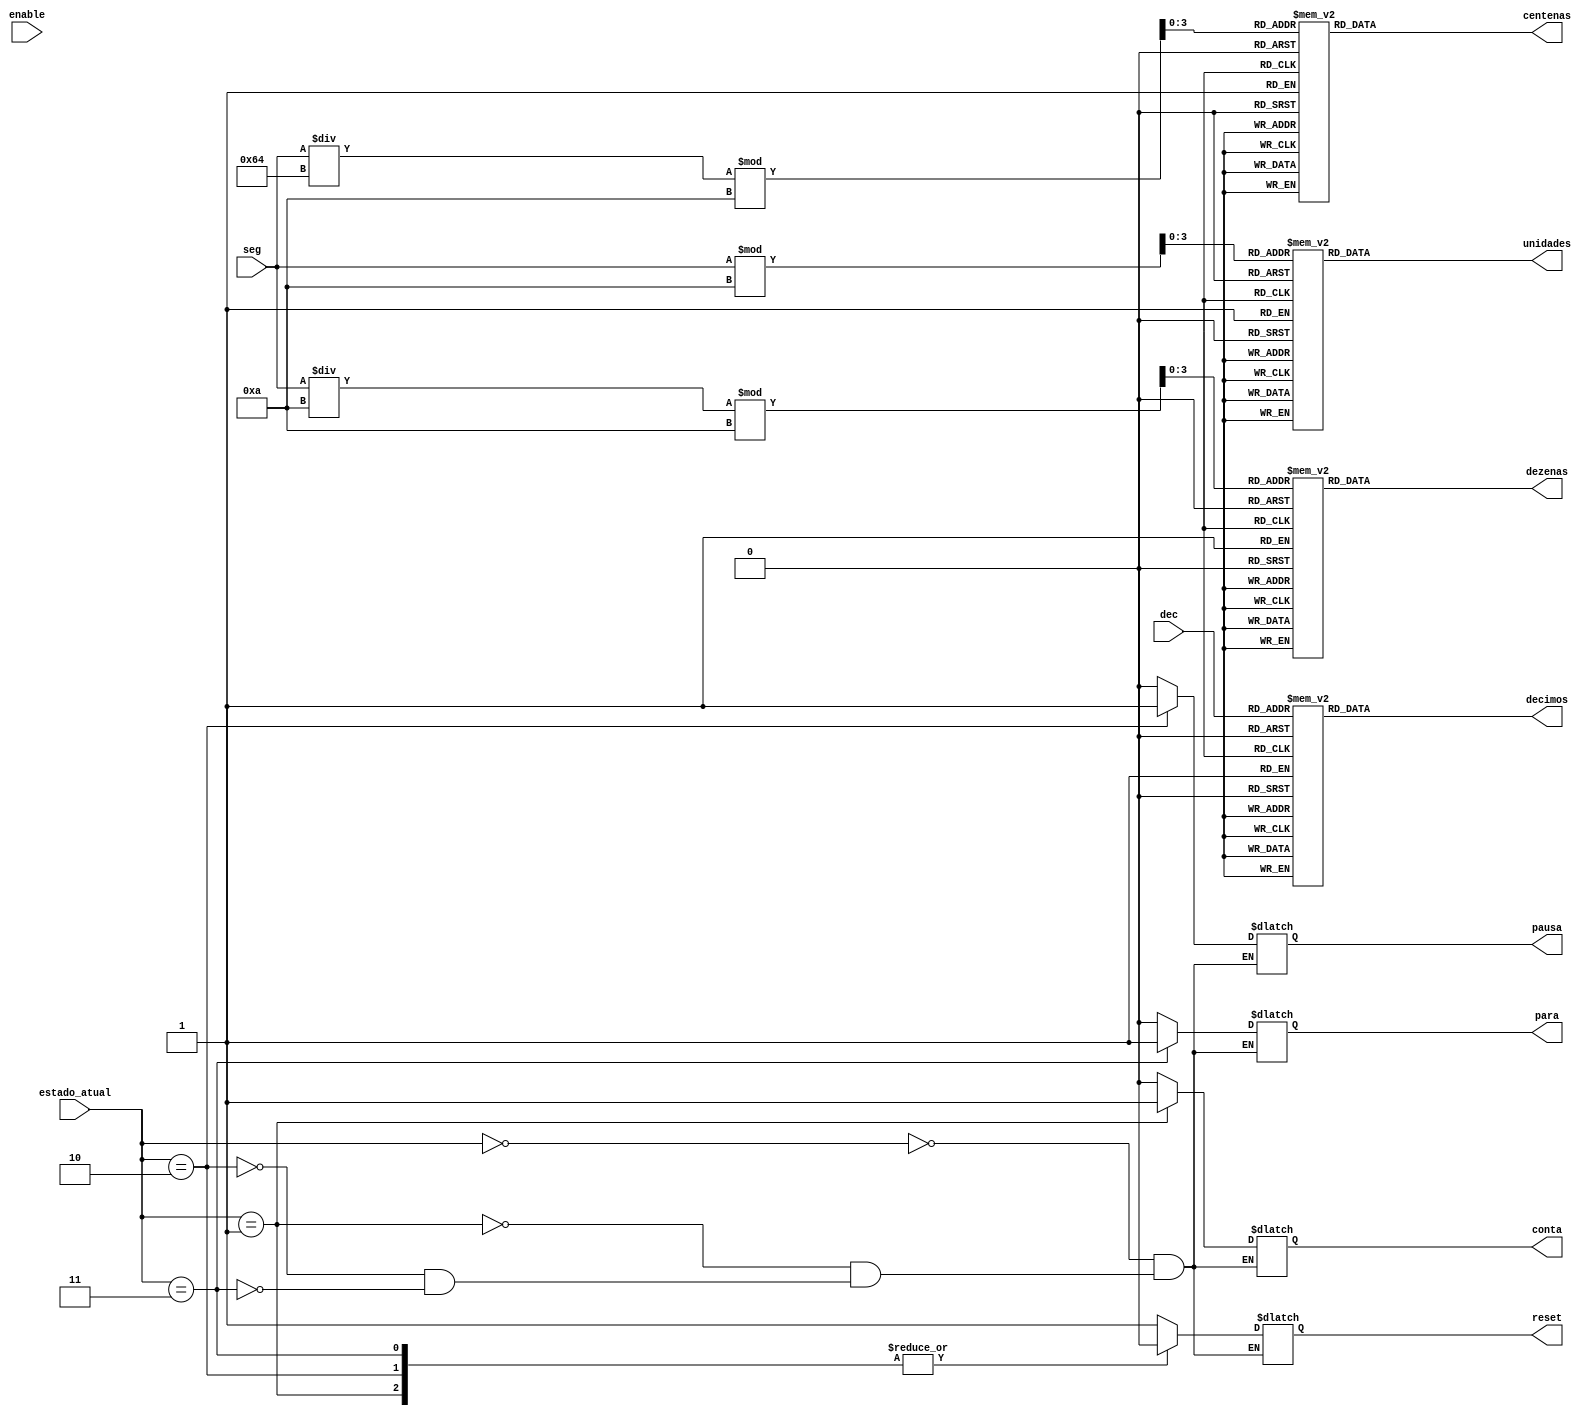
module sete_segmentos (
	input [9:0] seg,
	input [3:0] dec,
	input enable,
	input [2:0] estado_atual,
	
	output reg [0:6] centenas,
	output reg [0:6] dezenas,
	output reg [0:6] unidades,
	output reg [0:6] decimos,
	output reg reset,
	output reg conta,
	output reg pausa,
	output reg para
);

reg [3:0] num_cent;
reg [3:0] num_dez;
reg [3:0] num_uni;
reg [3:0] num_dec;

always @(*) begin
	if (enable) begin
		num_cent = (seg / 100) % 10;
		num_dez = (seg / 10) % 10;
		num_uni = seg % 10;
		num_dec = dec;
	end

	case (num_cent)
		0: centenas = 7'b0000001;
		1: centenas = 7'b1001111;
		2: centenas = 7'b0010010;
		3: centenas = 7'b0000110;
		4: centenas = 7'b1001100;
		5: centenas = 7'b0100100;
		6: centenas = 7'b0100000;
		7: centenas = 7'b0001111;
		8: centenas = 7'b0000000;
		9: centenas = 7'b0000100;
		default: centenas = 7'b1111111;
	endcase
	
	case (num_dez)
		0: dezenas = 7'b0000001;
		1: dezenas = 7'b1001111;
		2: dezenas = 7'b0010010;
		3: dezenas = 7'b0000110;
		4: dezenas = 7'b1001100;
		5: dezenas = 7'b0100100;
		6: dezenas = 7'b0100000;
		7: dezenas = 7'b0001111;
		8: dezenas = 7'b0000000;
		9: dezenas = 7'b0000100;
		default: dezenas = 7'b1111111;
	endcase
	
	case (num_uni)
		0: unidades = 7'b0000001;
		1: unidades = 7'b1001111;
		2: unidades = 7'b0010010;
		3: unidades = 7'b0000110;
		4: unidades = 7'b1001100;
		5: unidades = 7'b0100100;
		6: unidades = 7'b0100000;
		7: unidades = 7'b0001111;
		8: unidades = 7'b0000000;
		9: unidades = 7'b0000100;
		default: unidades = 7'b1111111;
	endcase

	case (num_dec)
		0: decimos = 7'b0000001;
		1: decimos = 7'b1001111;
		2: decimos = 7'b0010010;
		3: decimos = 7'b0000110;
		4: decimos = 7'b1001100;
		5: decimos = 7'b0100100;
		6: decimos = 7'b0100000;
		7: decimos = 7'b0001111;
		8: decimos = 7'b0000000;
		9: decimos = 7'b0000100;
		default: decimos = 7'b1111111;
	endcase
	
	case (estado_atual)
		0: begin
			reset = 1;
			conta = 0;
			pausa = 0;
			para = 0;
		end
		1: begin
			reset = 0;
			conta = 1;
			pausa = 0;
			para = 0;
		end
		2: begin
			reset = 0;
			conta = 0;
			pausa = 1;
			para = 0;
		end
		3: begin
			reset = 0;
			conta = 0;
			pausa = 0;
			para = 1;
		end
	endcase
end

endmodule